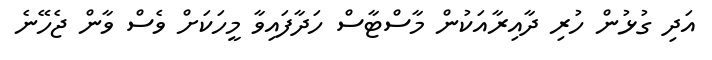
އަދި ގުޅުން ހުރި ދާއިރާއަކުން މާސްޓާސް ހަދާފައިވާ މީހަކަށް ވެސް ވާން ޖެހޭނެ